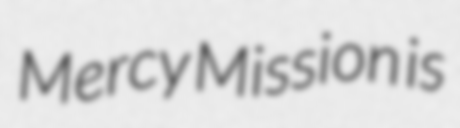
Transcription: Mercy Mission is